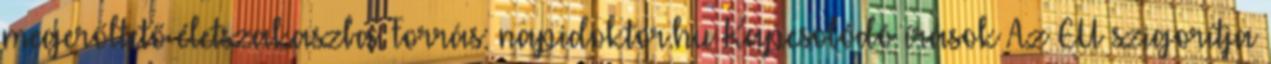
megerőltető életszakaszba. Forrás: napidoktor.hu Kapcsolódó írások Az EU szigorítja